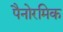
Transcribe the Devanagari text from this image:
पैनोरमिक